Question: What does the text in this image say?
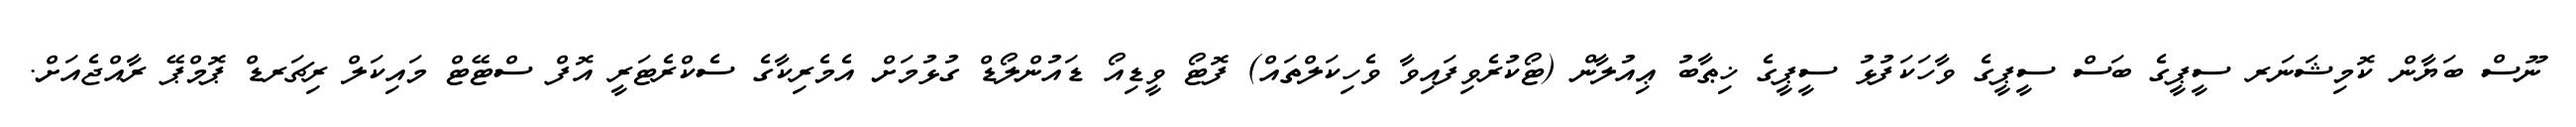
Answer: ނޫސް ބަޔާން ކޮމިޝަނަރ ސީޕީގެ ބަސް ސީޕީގެ ވާހަކަފުޅު ސީޕީގެ ޚިޠާބު ޢިއުލާން (ޓޯކުރެވިފައިވާ ވެހިކަލްތައް) ފޮޓޯ ވީޑިއޯ ޑައުންލޯޑް ގުޅުމަށް އެމެރިކާގެ ސެކްރެޓަރީ އޮފް ސްޓޭޓް މައިކަލް ރިޗަރޑް ޕޮމްޕޭ ރާއްޖެއަށް.